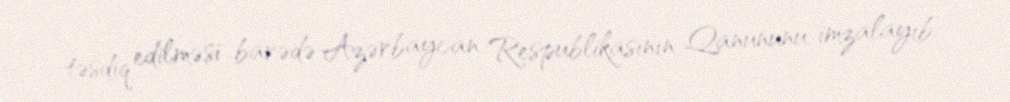
təsdiq edilməsi barədə Azərbaycan Respublikasının Qanununu imzalayıb.